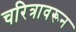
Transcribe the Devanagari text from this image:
चरित्रावरून